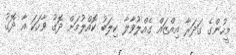
މީހުންގެ ގަދަރާ އިއްޒައް ގެއްލުވާލާ ކިލަބު ކޮއްލުމަށް ދޮގު ވާހަކަ އާ ދޮގު